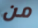
من